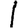
Digit: 1